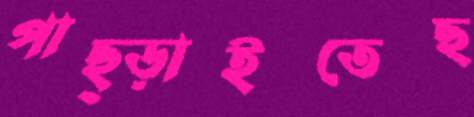
পাছ্‌ড়াইতেছ